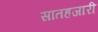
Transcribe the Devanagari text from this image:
सातहजारी